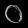
Digit: ၀